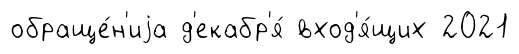
обраще́н'иjа д'екабр'я́ вход'я́щих 2021